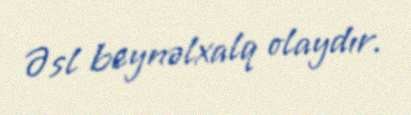
Əsl beynəlxalq olaydır.